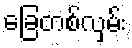
ခြေတစ်လှမ်း